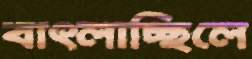
বাৎলাচ্ছিলে